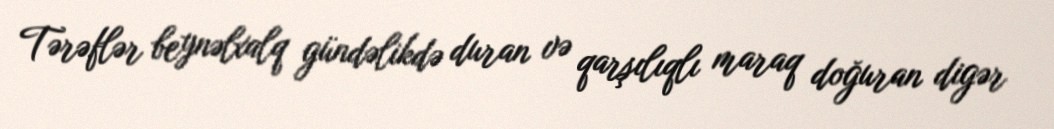
Tərəflər beynəlxalq gündəlikdə duran və qarşılıqlı maraq doğuran digər